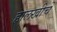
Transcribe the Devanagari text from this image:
हालखीचे